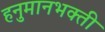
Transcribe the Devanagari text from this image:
हनुमानभक्ती